Riigikantselei, lk 189
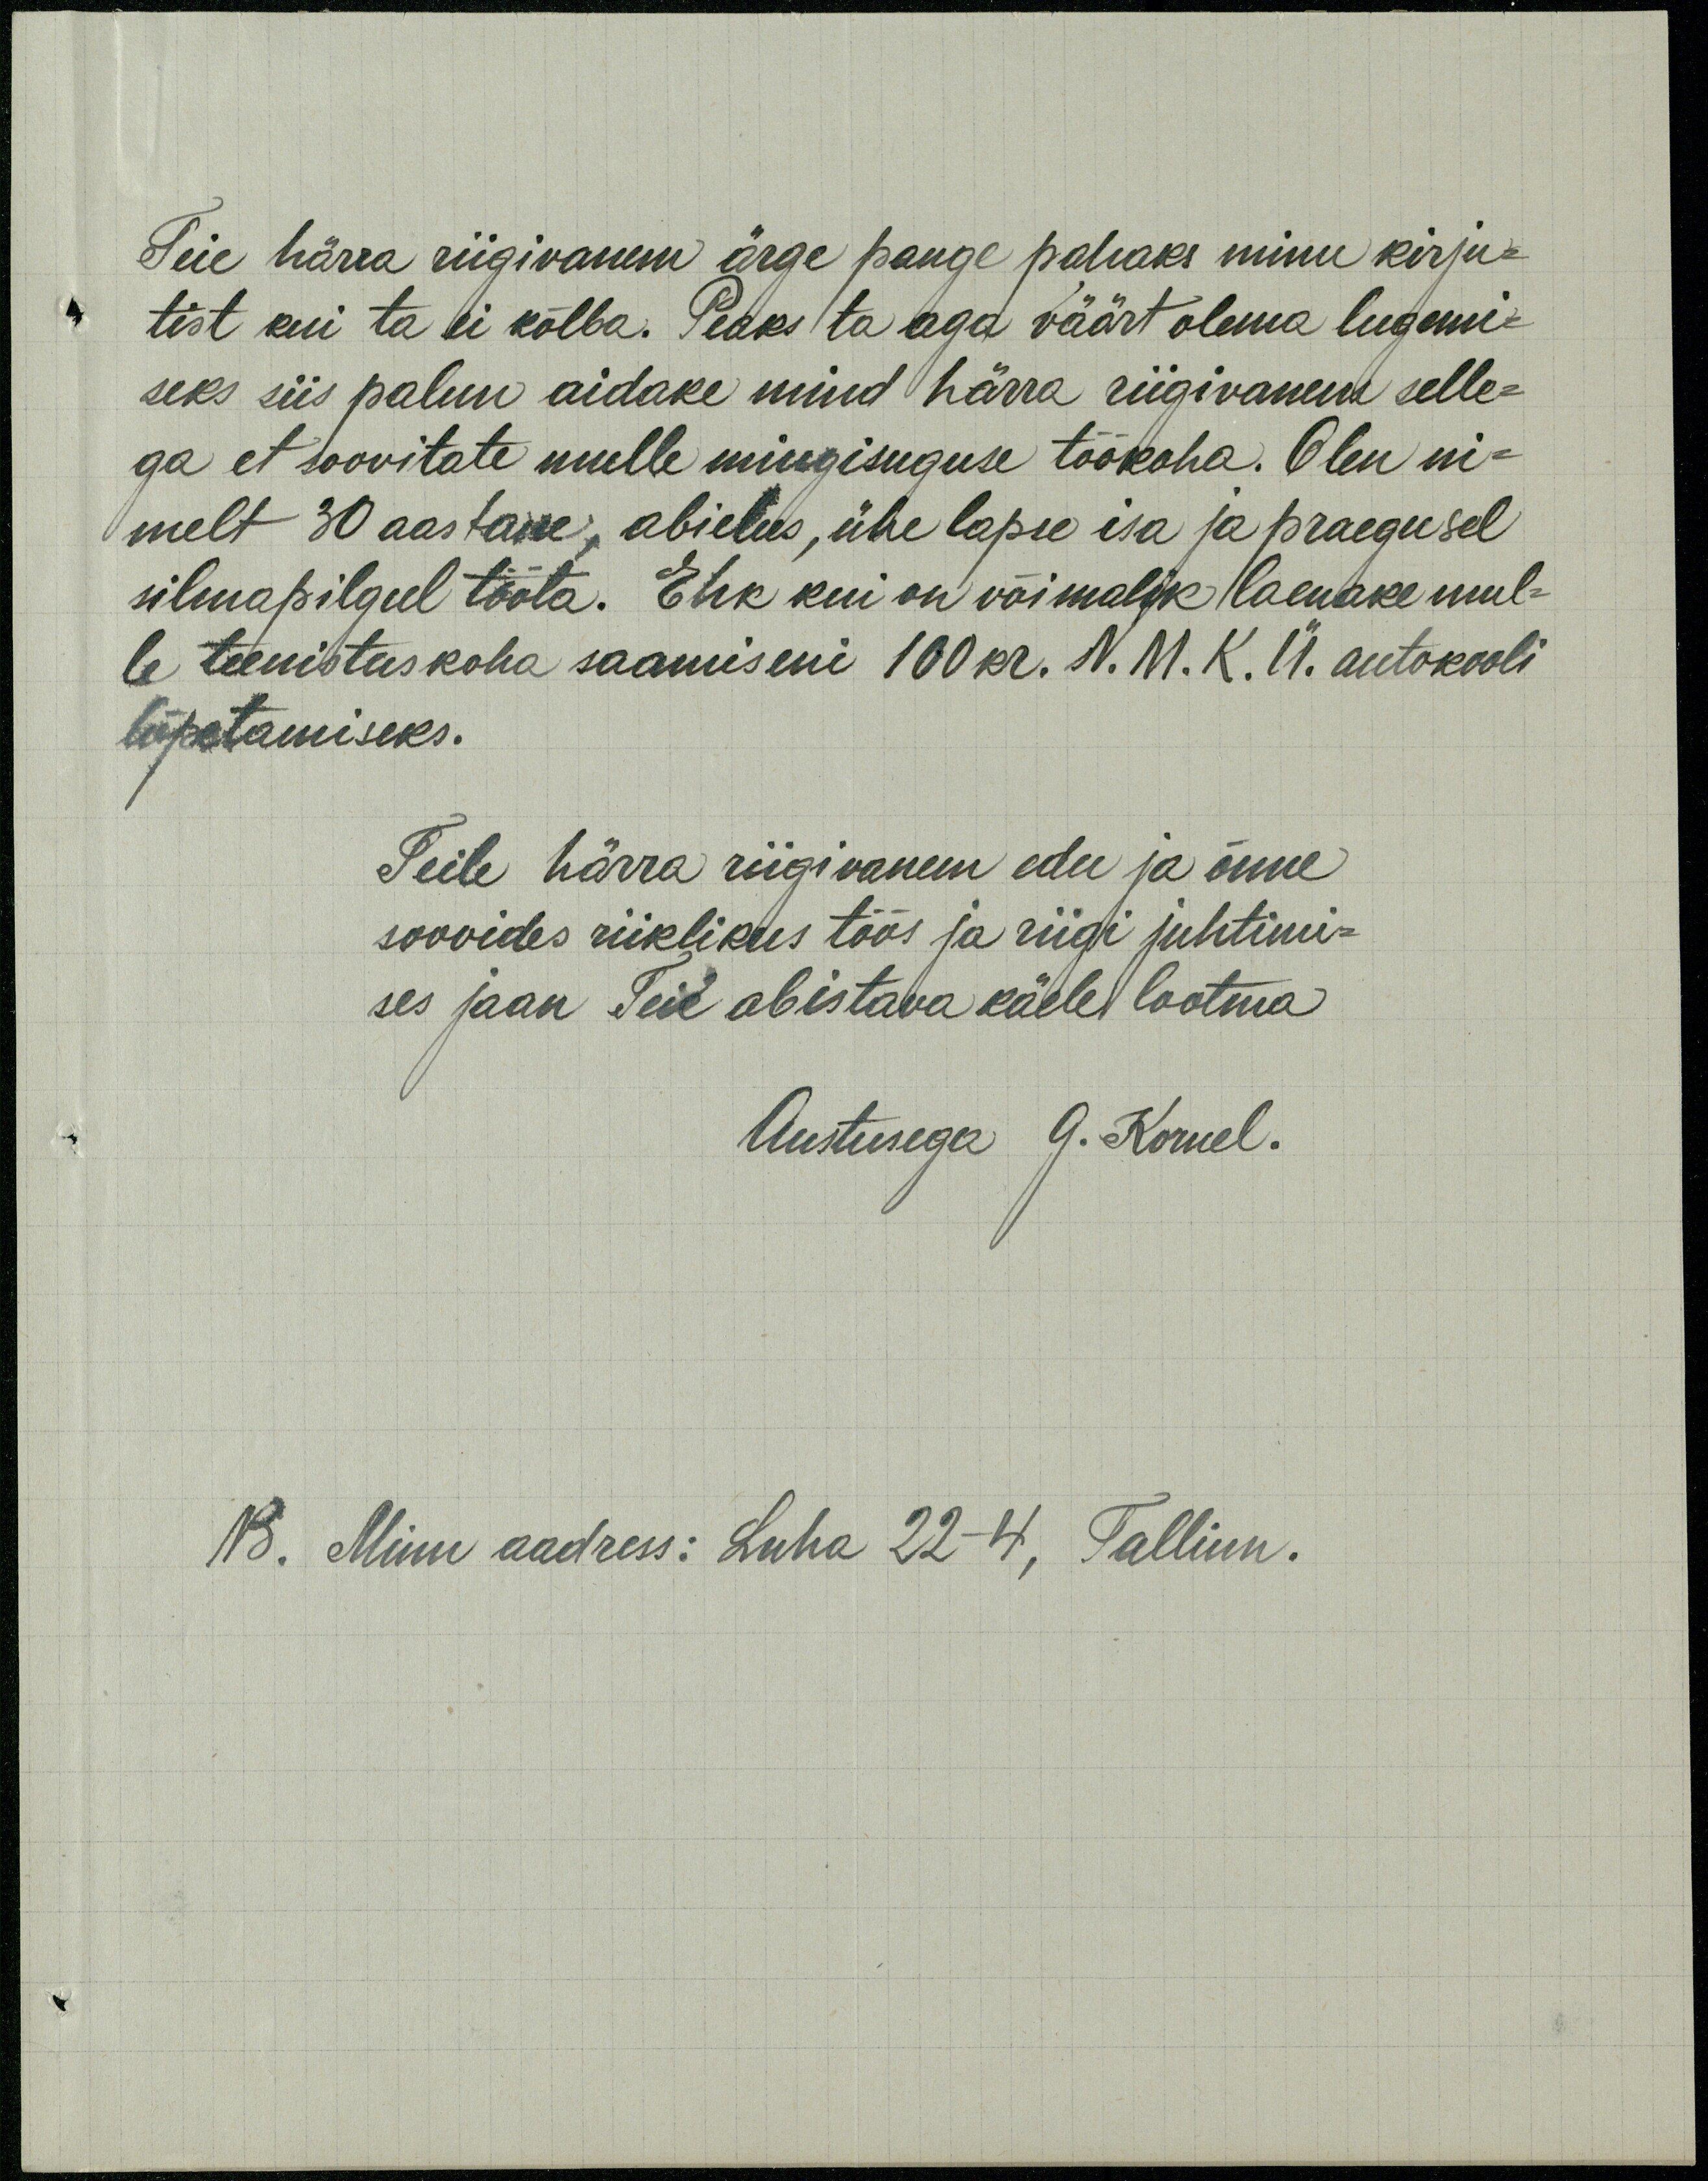
Teie härra riigivanem ärge pange pahaks minu kirju-
tist kui ta ei kõlba. Peaks ta aga väärt olema lugemi-
seks siis palun aidake mind härra riigivanem selle-
ga et soovitate mulle mingisuguse töökoha. Olen ni-
melt 30 aastane, abielus, ühe lapse isa ja praegusel
silmapilgul tööta. Ehk kui on võimalik laenake mul-
le teenistuskoha saamiseni 100 kr. N. M. K. Ü. autokooli
lõpetamiseks.
Teile härra riigivanem edu ja õnne
soovides riiklikus töös ja riigi juhtimi-
ses jaan Teie abistava käele lootma
Austusega G. Kornel.
NB. Minu aadress: Luha 22-4, Tallinn.